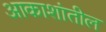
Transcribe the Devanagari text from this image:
आकाशांतील